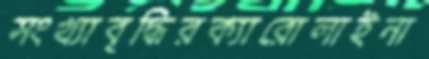
সংখ্যাবৃদ্ধিরক্যারোলাইনা